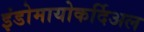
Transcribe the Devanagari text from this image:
इंडोमायोकर्दिअल